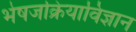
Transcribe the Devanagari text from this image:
भेषजक्रियाविज्ञान